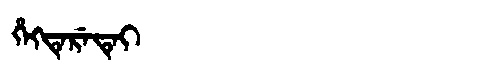
Manchu: ᡥᡝᡴᡨᡝᡵᡝᡨᡝᡳ
Romanization: HEKTERETEI